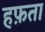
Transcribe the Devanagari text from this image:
हफ़ता